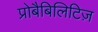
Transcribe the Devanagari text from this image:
प्रोबैबिलिटिज़